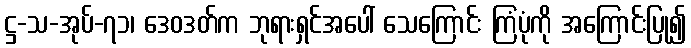
ဋ္ဌ-သ-အုပ်-၇၁၊ ဒေဝဒတ်က ဘုရားရှင်အပေါ် သေကြောင်း ကြံပုံကို အကြောင်းပြု၍